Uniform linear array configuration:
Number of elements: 48
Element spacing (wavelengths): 0.5
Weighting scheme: binomial
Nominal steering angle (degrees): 0
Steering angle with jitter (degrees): -0.5273
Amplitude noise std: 0.05
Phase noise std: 0.05

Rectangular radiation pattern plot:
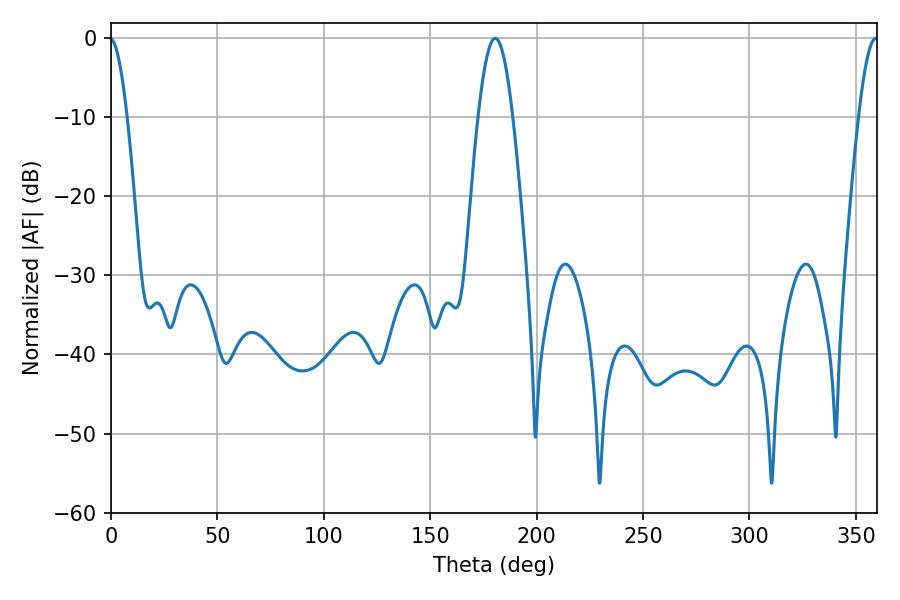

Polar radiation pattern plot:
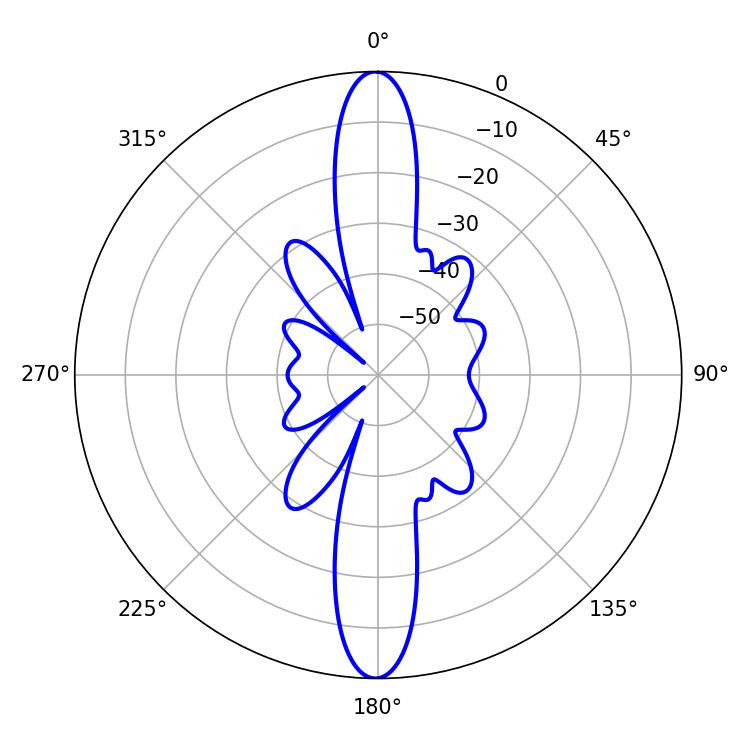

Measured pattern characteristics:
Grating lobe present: FALSE
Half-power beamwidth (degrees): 8.82
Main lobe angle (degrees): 180.54